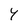
Character: Y